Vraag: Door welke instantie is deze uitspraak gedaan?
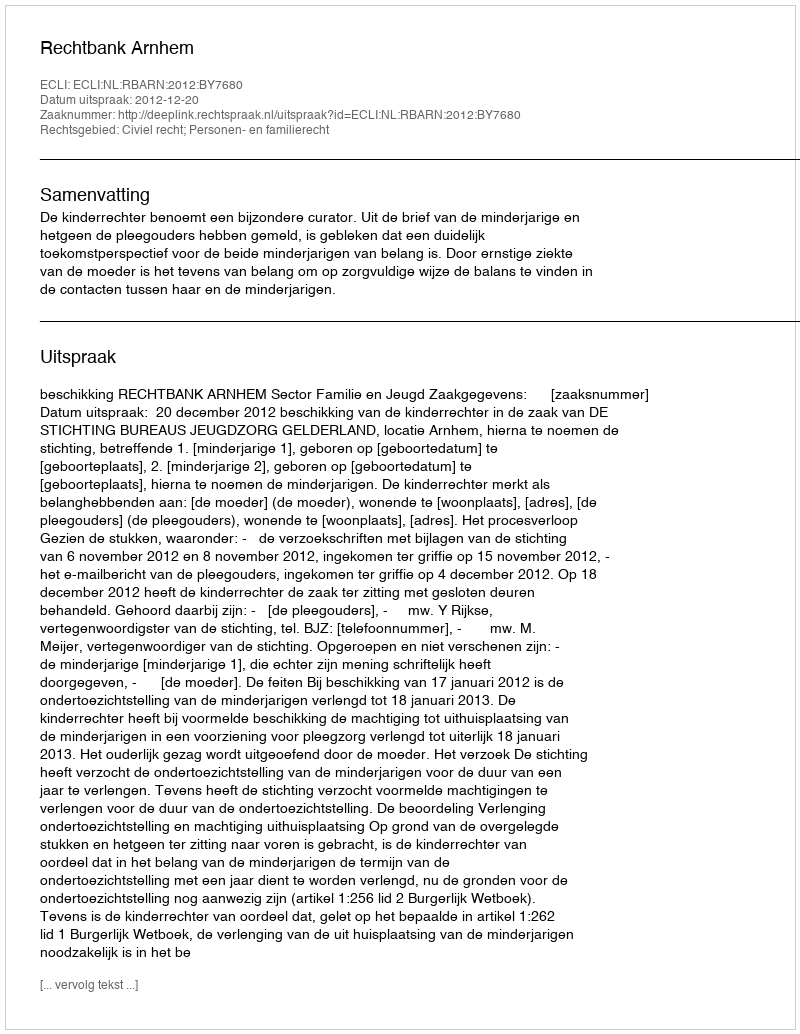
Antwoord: Rechtbank Arnhem